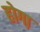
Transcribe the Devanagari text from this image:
होगा़